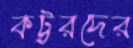
কট্টরদের